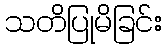
သတိပြုမိခြင်း